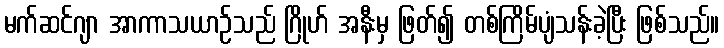
မက်ဆင်ဂျာ အာကာသယာဉ်သည် ဂြိုဟ် အနီးမှ ဖြတ်၍ တစ်ကြိမ်ပျံသန်းခဲ့ပြီး ဖြစ်သည်။